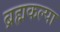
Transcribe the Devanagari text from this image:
ब्रह्मकल्पा